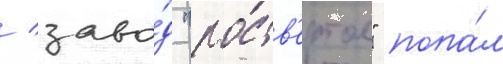
/ заво́д "роств'ертол" попа́л